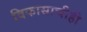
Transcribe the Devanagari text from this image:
विकासाचीही